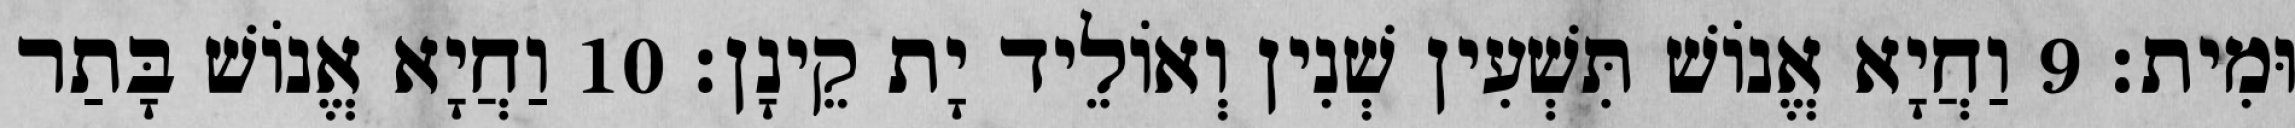
וּמִית׃ 9 וַחֲיָא אֱנוֹשׁ תִּשְׁעִין שְׁנִין וְאוֹלֵיד יָת קֵינָן׃ 10 וַחֲיָא אֱנוֹשׁ בָּתַר